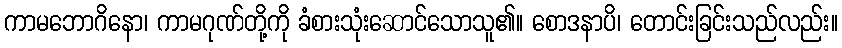
ကာမဘောဂိနော၊ ကာမဂုဏ်တို့ကို ခံစားသုံးဆောင်သောသူ၏။ စောဒနာပိ၊ တောင်းခြင်းသည်လည်း။